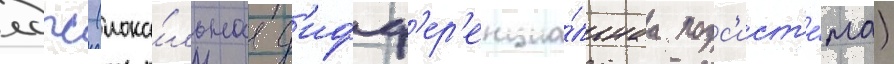
лдпс (лока́льнаа д'ифф'ер'енциа́льнаа подс'ист'е́ма)